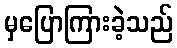
မှပြောကြားခဲ့သည်